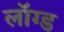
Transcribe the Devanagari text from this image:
लॉग्ड